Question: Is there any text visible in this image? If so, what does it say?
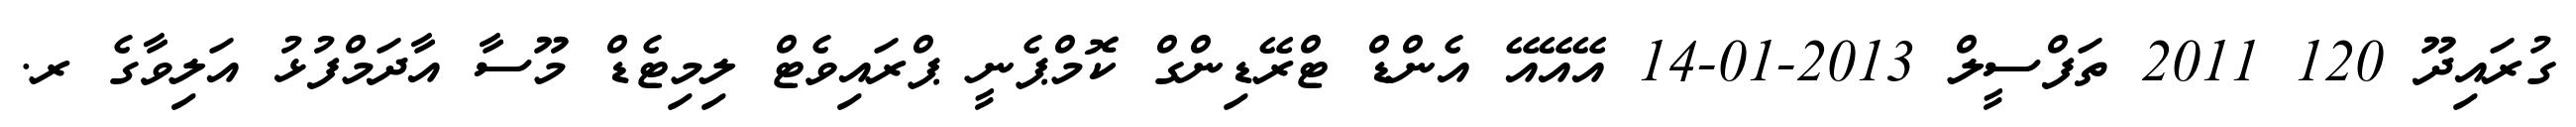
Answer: ގުރައިދޫ 120 2011 ތަފްސީލް 2013-01-14 އޭއޭއޭ އެންޑް ޓްރޭޑިންގް ކޮމްޕެނީ ޕްރައިވެޓް ލިމިޓެޑް މޫސާ އާދަމްފުޅު އަލިވާގެ ރ.